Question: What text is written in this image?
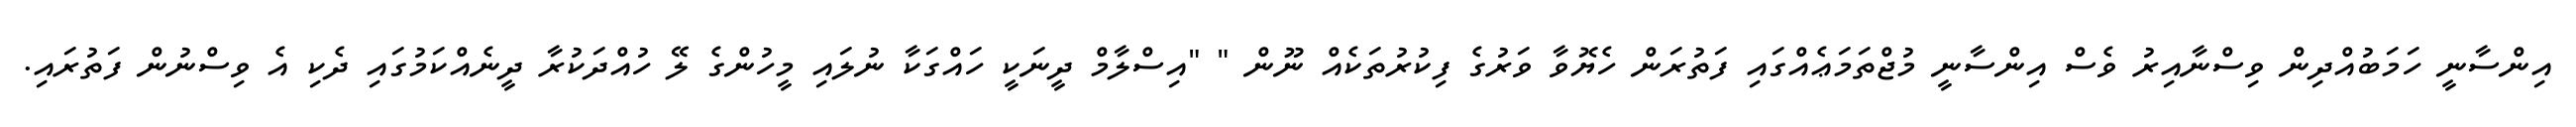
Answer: އިންސާނީ ހަމަބުއްދިން ވިސްނާއިރު ވެސް އިންސާނީ މުޖްތަމަޢެއްގައި ފަތުރަން ހެޔޮވާ ވަރުގެ ފިކުރުތަކެއް ނޫން " "އިސްލާމް ދީނަކީ ހައްގަކާ ނުލައި މީހުންގެ ލޭ ހުއްދަކުރާ ދީނެއްކަމުގައި ދެކި އެ ވިސްނުން ފަތުރައި.